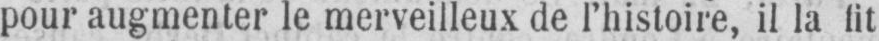
pour augmenter le merveilleux de l’histoire, il la fit